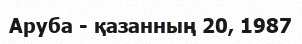
Аруба - қазанның 20, 1987